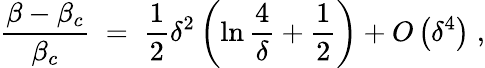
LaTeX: {\frac{\beta-\beta_{c}}{\beta_{c}}}\; =\; {\frac{1}{2}}\delta^{2}\left(\ln{\frac{4}{\delta}}+{\frac{1}{2}}\right)+O\left(\delta^{4}\right)\; ,